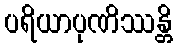
ပရိယာပုဏိဿန္တိ